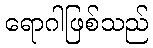
ရောဂါဖြစ်သည်